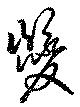
巎